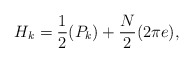
\begin{align*}H_k=\frac{1}{2}(P_k)+\frac{N}{2}(2\pi e),\end{align*}